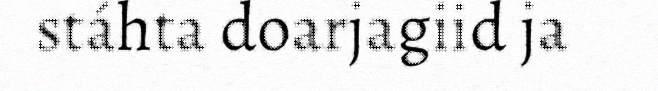
stáhta doarjagiid ja